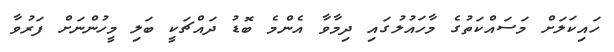
ހައިކަލަށް މަސައްކަތުގެ މާހައުލުގައި ދިމާވާ އެންމެ ބޮޑު ދައްޗަކީ ބަލި މީހުންނަށް ފަރުވާ